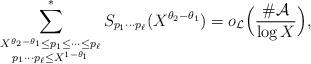
LaTeX: \begin{align*}\sum_{\substack{X^{\theta_2-\theta_1}\le p_1\le \dots\le p_\ell \\ p_1\cdots p_\ell\le X^{1-\theta_1}}}^* S_{p_1\cdots p_\ell}(X^{\theta_2-\theta_1})=o_{\mathcal{L}}\Bigl(\frac{\#\mathcal{A}}{\log{X}}\Bigr),\end{align*}